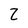
Character: Z